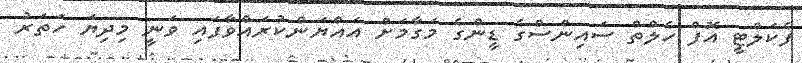
ފެކަލްޓީ އޮފް ހެލްތް ސައިންސްގެ ޑީންގެ މަގާމަށް އައްޔަންކުރައްވާފައި ވަނީ މިދިޔަ ހަތަރު